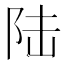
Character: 陆